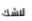
لاشك